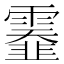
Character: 𩆅